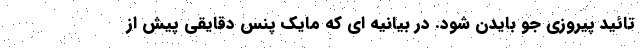
تائید پیروزی جو بایدن شود. در بیانیه ای که مایک پنس دقایقی پیش از